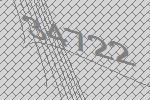
34722